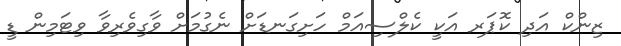
ޒިންކް އަދި ކޮޕަރ އަކީ ކެލްސިއަމް ހަށިގަނޑަށް ނެގުމަށް ވާގިވެރިވާ ވިޓަމިން ޑީ